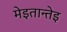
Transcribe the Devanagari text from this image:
मेइतान्तेइ